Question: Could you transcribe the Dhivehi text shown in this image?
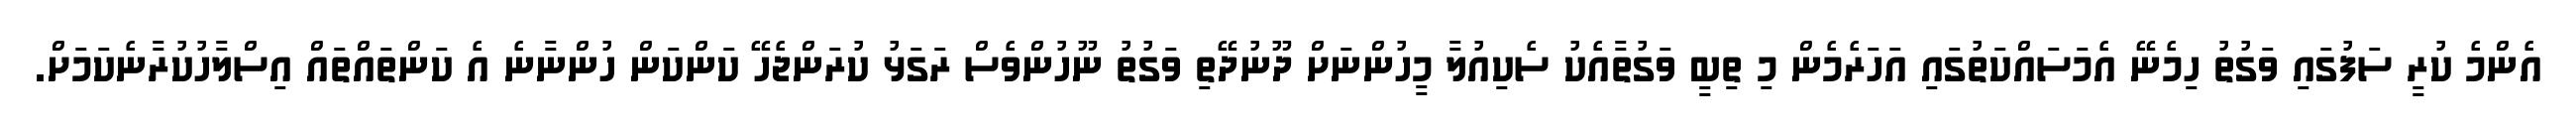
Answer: އެންމެ ކުރީ ސަފުގައި ވަގުތު ހިމެނޭ އެމަސައްކަތުގައި އަހަރެމެން މި ތިބީ ވަގުތާއެކު ސެކިއުލާ މީހުންނަށް ދޫނުދޭތި ވަގުތު ނޫހުންވެސް ރަގަޅު ކުރަންޖެހޭ ކަންކަން ހުންނާނެ އެ ކަންތައްތައް އިސްލާހުކުރާނެކަމަށް.